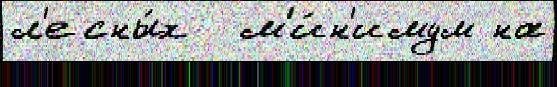
л'есны́х  м'и́н'имум на